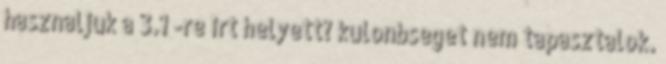
hasznaljuk a 3.1 -re irt helyett? kulonbseget nem tapasztalok.